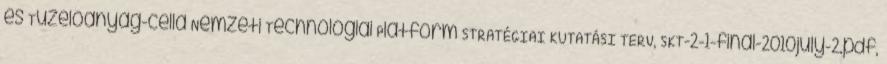
és Tüzelőanyag-cella Nemzeti Technológiai Platform STRATÉGIAI KUTATÁSI TERV, SKT-2-1-final-2010july-2.pdf,